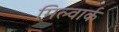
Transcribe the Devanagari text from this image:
मिल्वार्क